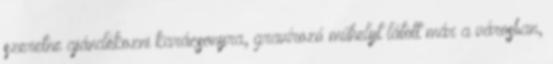
szeretne ajándékozni karácsonyra, gravírozó műhelyt látott már a városban,